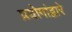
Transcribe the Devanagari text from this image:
प्रयोगांद्वारे